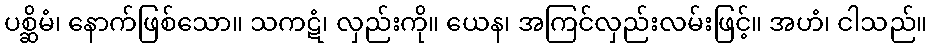
ပစ္ဆိမံ၊ နောက်ဖြစ်သော။ သကဋံ၊ လှည်းကို။ ယေန၊ အကြင်လှည်းလမ်းဖြင့်။ အဟံ၊ ငါသည်။